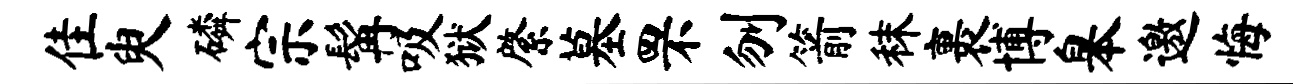
隹臾磷宗髯吸狱綮墓罘刎箭秣裹博皋邀悔